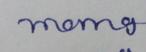
Signature authenticity: forged